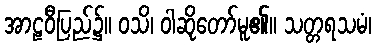
အာဠဝီပြည်၌။ ဝသိ၊ ဝါဆိုတော်မူ၏။ သတ္တရသမံ၊